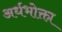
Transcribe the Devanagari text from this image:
अर्धभोक्ता